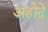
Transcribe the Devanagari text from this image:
अहोदे